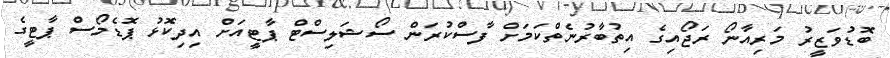
ބޮޑުވަޒީރު މަރިއާނޯ ރަޖޯއިގެ އިތުބާރުނެތްކަމަށް ފާސްކުރަން ސޯޝަލިސްޓް ޕާޓީއަށް އިދިކޮޅު ޕޮޑެމޯސް ޕާޓީގެ